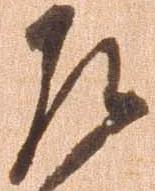
左